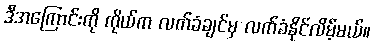
ဒီအကြောင်းကို ကိုယ်က လက်ခံချင်မှ လက်ခံနိုင်လိမ့်မယ်။